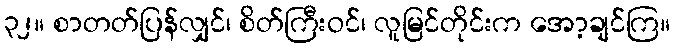
၃၂။ စာတတ်ပြန်လျှင်၊ စိတ်ကြီးဝင်၊ လူမြင်တိုင်းက အော့ချင်ကြ။